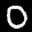
Label: 0